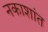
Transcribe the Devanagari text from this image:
नकाशांत